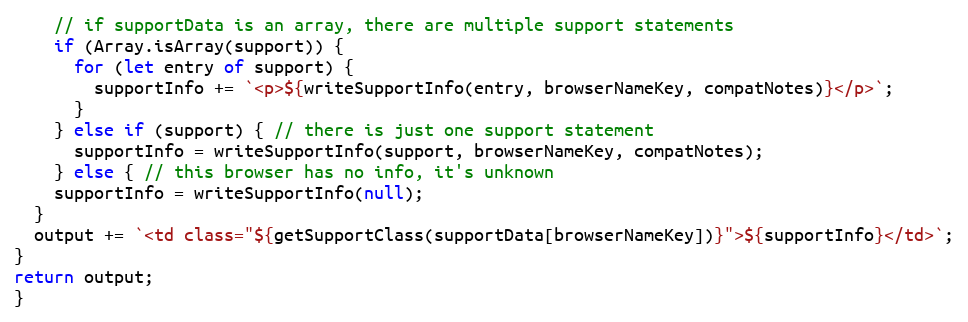
Language: JavaScript
    // if supportData is an array, there are multiple support statements
    if (Array.isArray(support)) {
      for (let entry of support) {
        supportInfo += `<p>${writeSupportInfo(entry, browserNameKey, compatNotes)}</p>`;
      }
    } else if (support) { // there is just one support statement
      supportInfo = writeSupportInfo(support, browserNameKey, compatNotes);
    } else { // this browser has no info, it's unknown
    supportInfo = writeSupportInfo(null);
  }
  output += `<td class="${getSupportClass(supportData[browserNameKey])}">${supportInfo}</td>`;
}
return output;
}